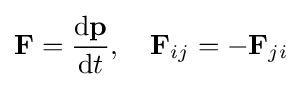
\mathbf {F} ={\frac {\mathrm {d} \mathbf {p} }{\mathrm {d} t}},\quad \mathbf {F} _{ij}=-\mathbf {F} _{ji}